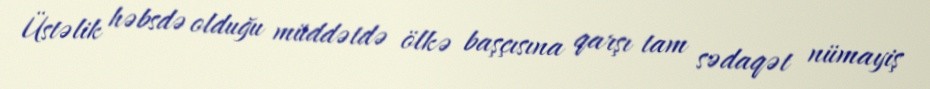
Üstəlik həbsdə olduğu müddətdə ölkə başçısına qarşı tam sədaqət nümayiş